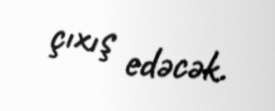
çıxış edəcək.